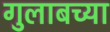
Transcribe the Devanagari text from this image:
गुलाबच्या